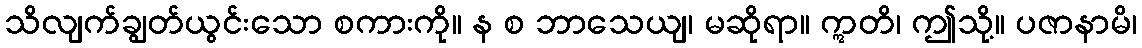
သိလျက်ချွတ်ယွင်းသော စကားကို။ န စ ဘာသေယျ၊ မဆိုရာ။ ဣတိ၊ ဤသို့။ ပဇာနာမိ၊